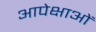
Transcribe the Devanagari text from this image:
आपेक्षाओं